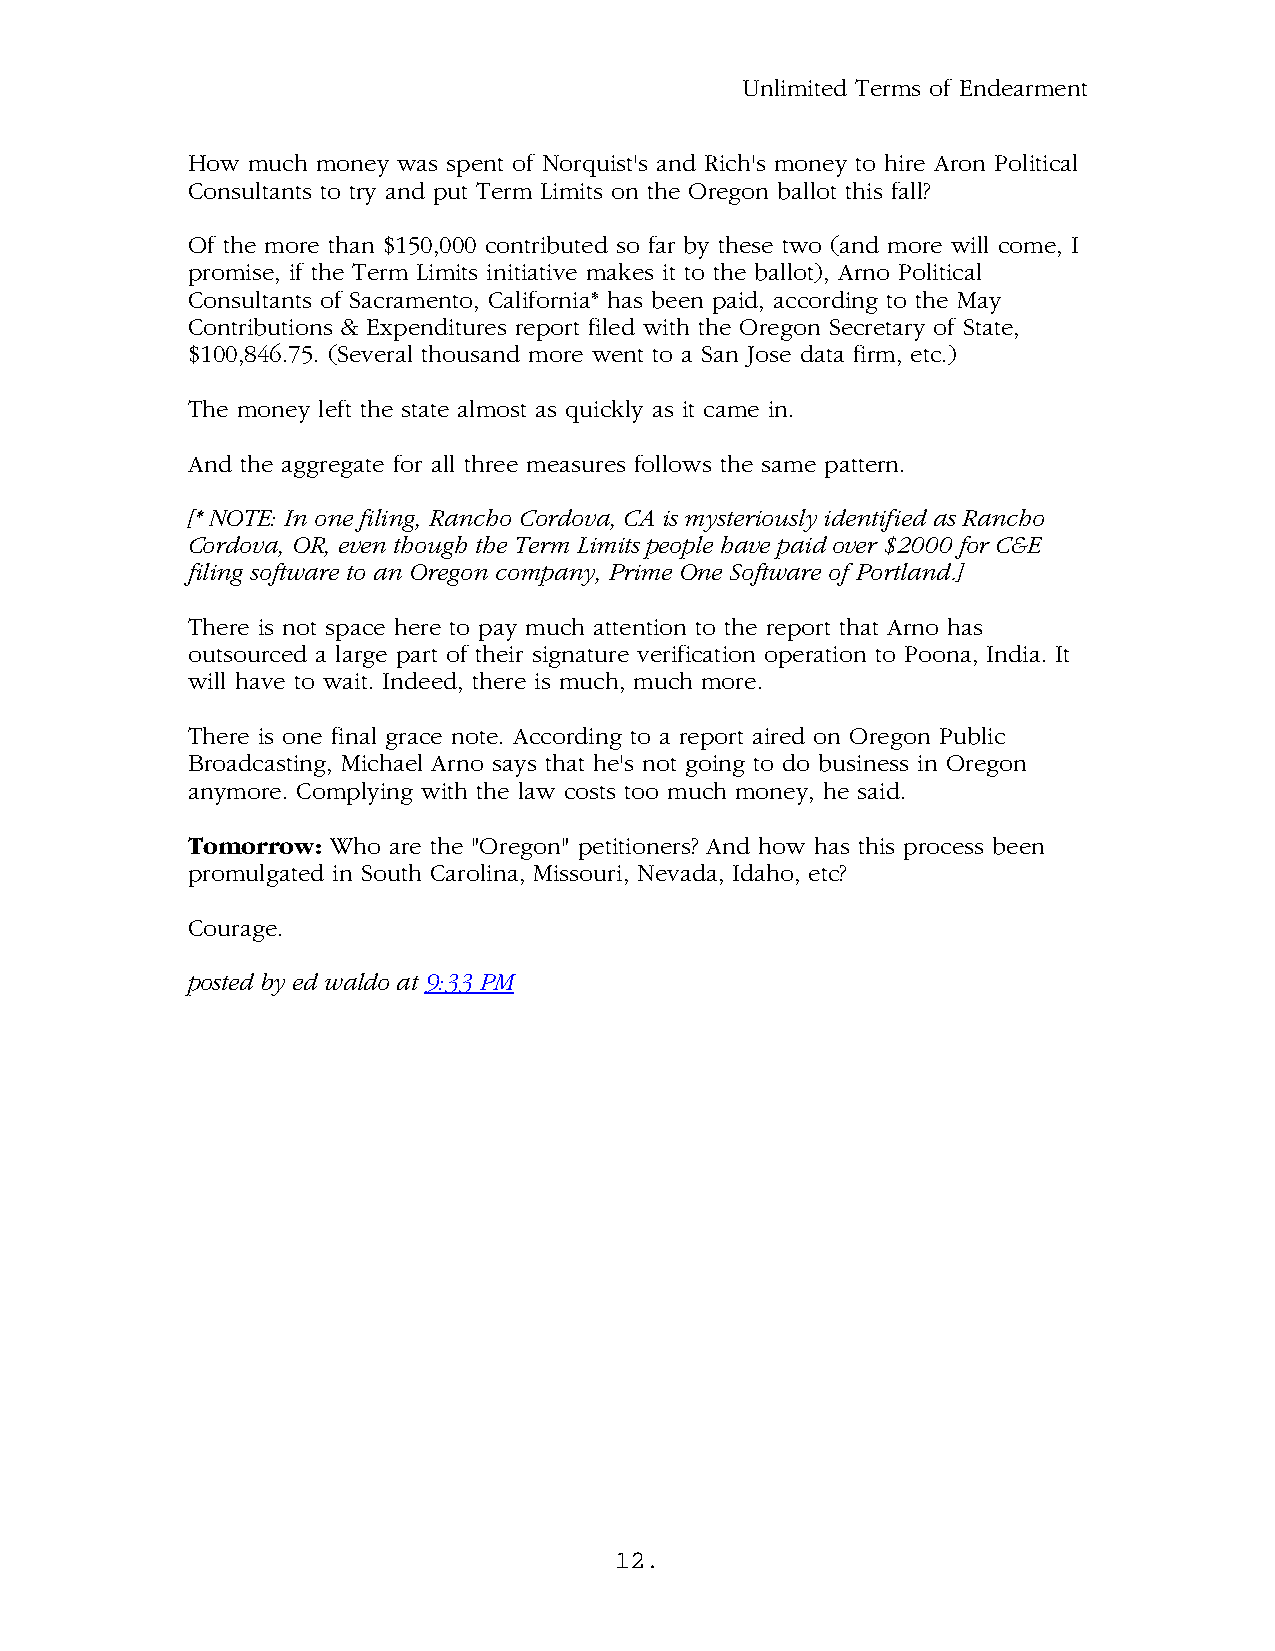
Unlimited Terms of Endearment
 How much money was spent of Norquist's and Rich's money to hire Aron Political
 Consultants to try and put Term Limits on the Oregon ballot this fall?
 Of the more than $150,000 contributed so far by these two (and more will come, I
 promise, if the Term Limits initiative makes it to the ballot), Arno Political
 Consultants of Sacramento, California* has been paid, according to the May
 Contributions & Expenditures report filed with the Oregon Secretary of State,
 $100,846.75. (Several thousand more went to a San Jose data firm, etc.)
 The money left the state almost as quickly as it came in.
 And the aggregate for all three measures follows the same pattern.
 [* NOTE: In one filing, Rancho Cordova, CA is mysteriously identified as Rancho
 Cordova, OR, even though the Term Limits people have paid over $2000 for C&E
 filing software to an Oregon company, Prime One Software of Portland.]
 There is not space here to pay much attention to the report that Arno has
 outsourced a large part of their signature verification operation to Poona, India. It
 will have to wait. Indeed, there is much, much more.
 There is one final grace note. According to a report aired on Oregon Public
 Broadcasting, Michael Arno says that he's not going to do business in Oregon
 anymore. Complying with the law costs too much money, he said.
 Tomorrow: Who are the "Oregon" petitioners? And how has this process been
 promulgated in South Carolina, Missouri, Nevada, Idaho, etc?
 Courage.
 .
 posted by ed waldo at 9:33 PM
 12.